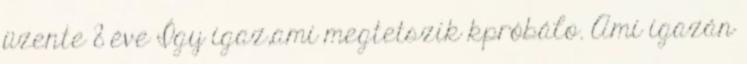
üzente 8 éve Így igaz,ami megtetszik kpróbálo. Ami igazán